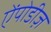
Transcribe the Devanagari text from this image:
ऐंपोडीज़